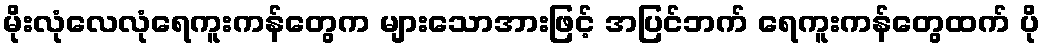
မိုးလုံလေလုံရေကူးကန်တွေက များသောအားဖြင့် အပြင်ဘက် ရေကူးကန်တွေထက် ပို